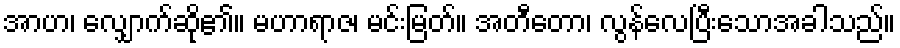
အာဟ၊ လျှောက်ဆို၏။ မဟာရာဇ၊ မင်းမြတ်။ အတီတော၊ လွန်လေပြီးသောအခါသည်။